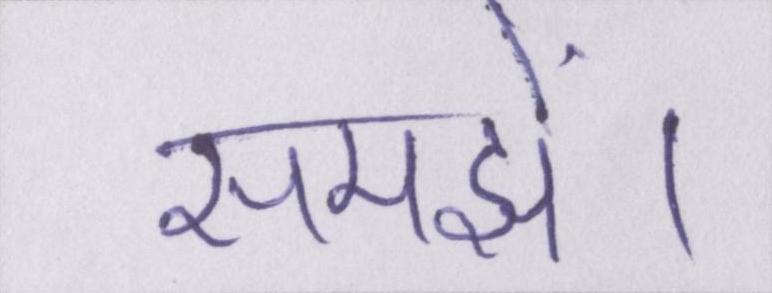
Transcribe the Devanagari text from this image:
समझें।